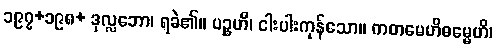
၁၉၇+၁၉၈+ ဒုလ္လဘော၊ ရခဲ၏။ ပဉ္စဟိ၊ ငါးပါးကုန်သော။ ကတမေဟိဓမ္မေဟိ၊